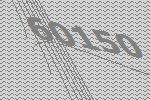
60150